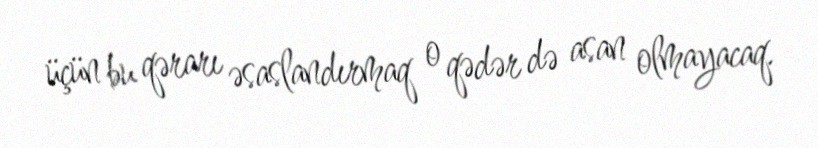
üçün bu qərarı əsaslandırmaq o qədər də asan olmayacaq.